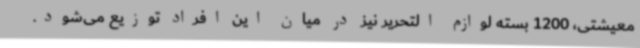
معیشتی، 1200 بسته لوازم التحریر نیز در میان این افراد توزیع می‌شود.